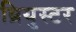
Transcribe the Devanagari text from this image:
ब्रियुस्टर